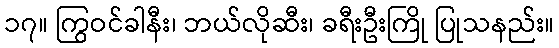
၁၇။ ကြွဝင်ခါနီး၊ ဘယ်လိုဆီး၊ ခရီးဦးကြို ပြုသနည်း။